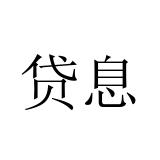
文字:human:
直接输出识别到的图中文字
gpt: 贷息